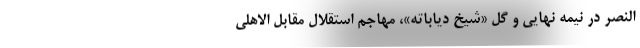
النصر در نیمه نهایی و گل «شیخ دیاباته»، مهاجم استقلال مقابل الاهلی